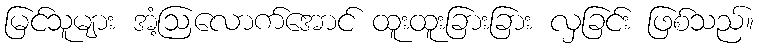
မြင်သူများ အံ့ဩလောက်အောင် ထူးထူးခြားခြား လှခြင်း ဖြစ်သည်။